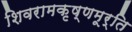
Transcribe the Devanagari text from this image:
शिवरामकृष्णमूर्ति